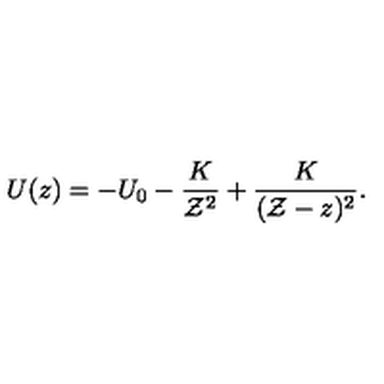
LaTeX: U ( z ) = - U _ { 0 } - { \frac { K } { { \cal Z } ^ { 2 } } } + { \frac { K } { ( { \cal Z } - z ) ^ { 2 } } } .